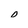
Character: o